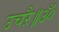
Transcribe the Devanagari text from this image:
उचऱै॥ॐ